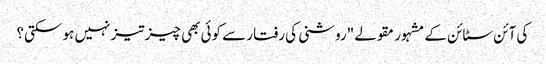
کی آئن سٹائن کے مشہور مقولے "روشنی کی رفتار سے کوئی بھی چیز تیز نہیں ہو سکتی؟